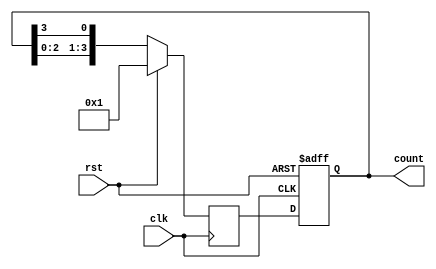
module RingCounter (
    input wire clk,
    input wire rst,
    output reg [3:0] count
);

reg [3:0] next_count;

always @(posedge clk or posedge rst) begin
    if (rst) begin
        count <= 4'b0000;
    end else begin
        count <= next_count;
    end
end

always @(posedge clk) begin
    if (rst) begin
        next_count <= 4'b0001;
    end else begin
        next_count <= {count[2:0], count[3]};
    end
end

endmodule